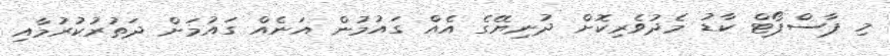
މި ޕާސްޕޯޓް ކާޑު މެދުވެރިކޮށް ދުނިޔޭގެ އެއް ގައުމުން އަނެއް ގައުމަށް ދަތުރުކުރުމާއި